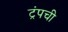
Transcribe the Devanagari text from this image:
ट्रंपची